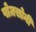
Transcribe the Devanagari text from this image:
पोज़सोनी